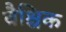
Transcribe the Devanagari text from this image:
वैश्चिक